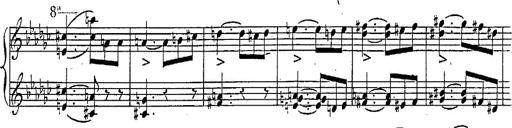
Title: Marche et Cavatine de Lucie de Lammermoor, S.398
Composer: Franz Liszt